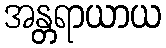
အန္တရာယာယ